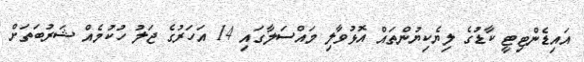
އައިޑެންޓިޓީ ކާޑުގެ ލިޔެކިޔުންތައް އޮޅުވާލި މައްސަލާގައި 14 އަހަރުގެ ޖަލު ހުކުމެއް ޝަރުބަތަށް